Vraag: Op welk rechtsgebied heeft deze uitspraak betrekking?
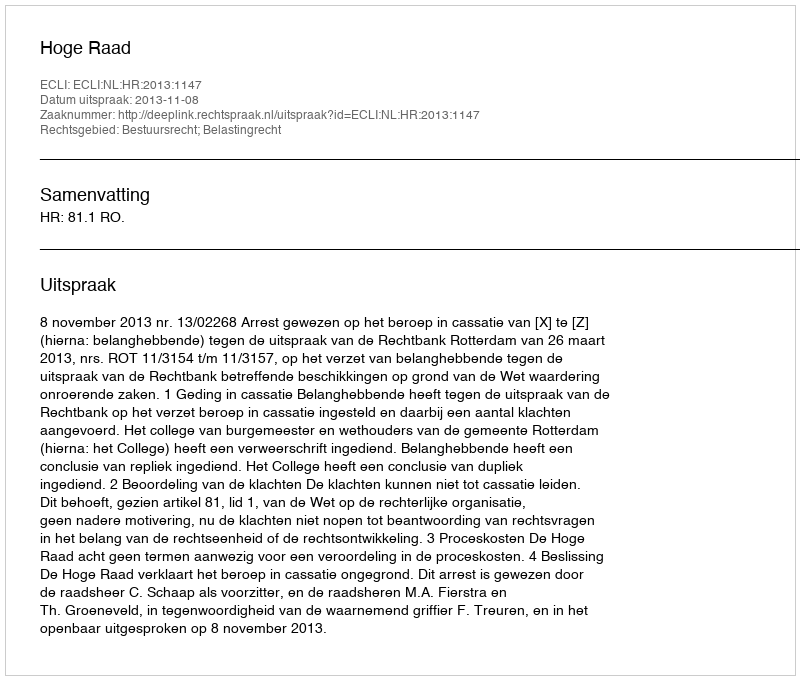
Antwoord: Bestuursrecht; Belastingrecht